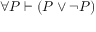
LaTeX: \forall P \vdash ( P \lor \lnot P )